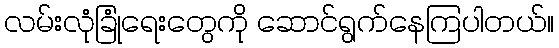
လမ်းလုံခြုံရေးတွေကို ဆောင်ရွက်နေကြပါတယ်။